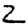
Digit: 2